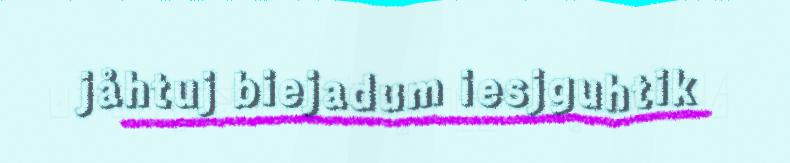
jåhtuj biejadum iesjguhtik